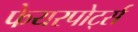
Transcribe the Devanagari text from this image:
फेयरपोर्ट्स